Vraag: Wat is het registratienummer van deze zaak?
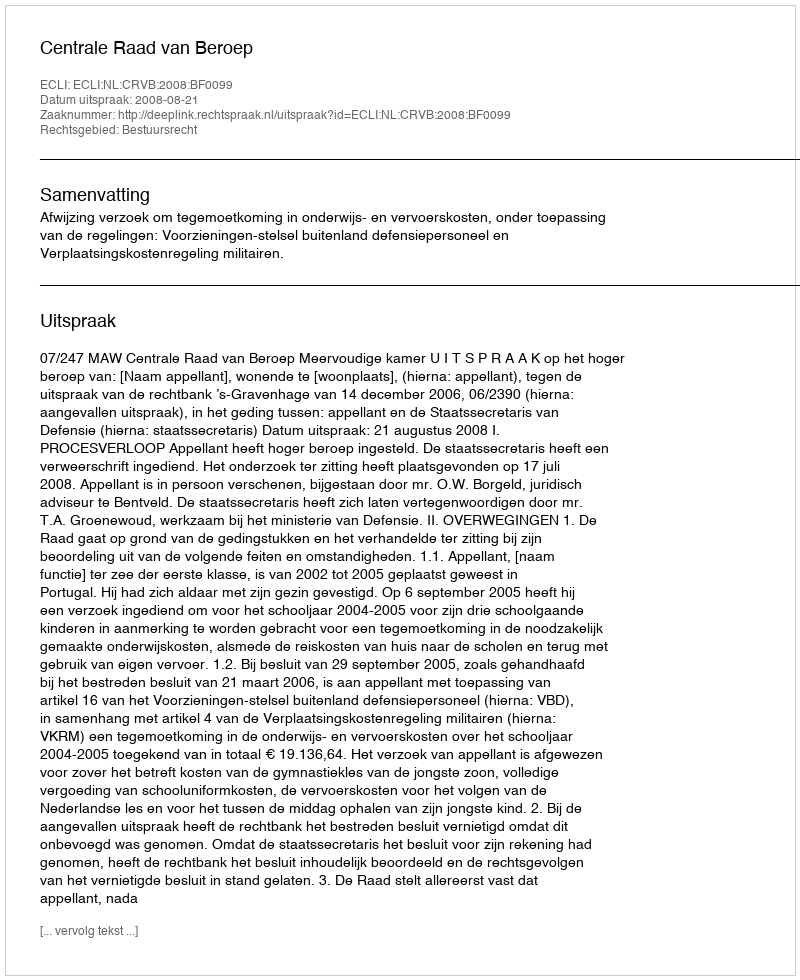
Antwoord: http://deeplink.rechtspraak.nl/uitspraak?id=ECLI:NL:CRVB:2008:BF0099